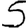
Digit: 5